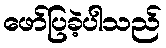
ဖော်ပြခဲ့ပါသည်